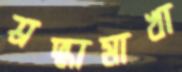
শ্রদ্ধামাখা